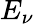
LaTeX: E_{\nu}